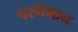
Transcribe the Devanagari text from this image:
परगेमान